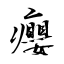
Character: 癭